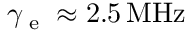
\gamma _ { \textrm { e } } \approx 2 . 5 \, \mathrm { M H z }